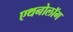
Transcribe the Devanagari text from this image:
एथनोलॉग